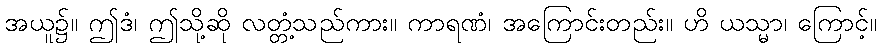
အယူ၌။ ဤဒံ၊ ဤသို့ဆို လတ္တံ့သည်ကား။ ကာရဏံ၊ အကြောင်းတည်း။ ဟိ ယသ္မာ၊ ကြောင့်။